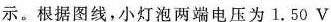
示。根据图线，小灯泡两端电压为1.50V